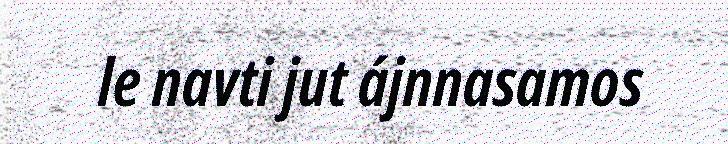
le navti jut ájnnasamos